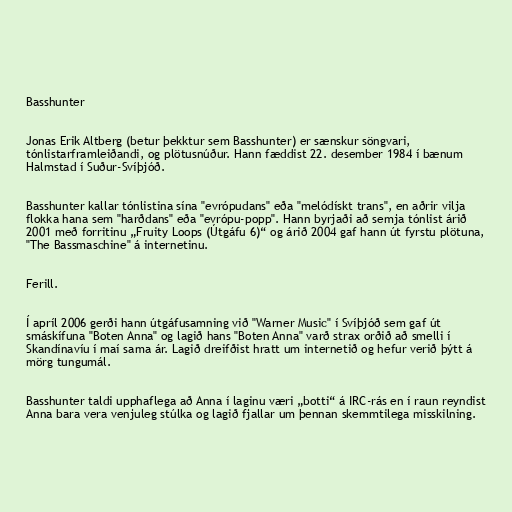
Basshunter

Jonas Erik Altberg (betur þekktur sem Basshunter) er sænskur söngvari,
tónlistarframleiðandi, og plötusnúður. Hann fæddist 22. desember 1984 í bænum
Halmstad í Suður-Svíþjóð.

Basshunter kallar tónlistina sína "evrópudans" eða "melódískt trans", en aðrir vilja
flokka hana sem "harðdans" eða "evrópu-popp". Hann byrjaði að semja tónlist árið
2001 með forritinu „Fruity Loops (Útgáfu 6)“ og árið 2004 gaf hann út fyrstu plötuna,
"The Bassmaschine" á internetinu.

Ferill.

Í apríl 2006 gerði hann útgáfusamning við "Warner Music" í Svíþjóð sem gaf út
smáskífuna "Boten Anna" og lagið hans "Boten Anna" varð strax orðið að smelli í
Skandínavíu í maí sama ár. Lagið dreifðist hratt um internetið og hefur verið þýtt á
mörg tungumál.

Basshunter taldi upphaflega að Anna í laginu væri „botti“ á IRC-rás en í raun reyndist
Anna bara vera venjuleg stúlka og lagið fjallar um þennan skemmtilega misskilning.